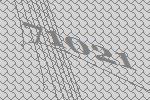
71021